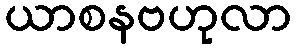
ယာစနဗဟုလာ